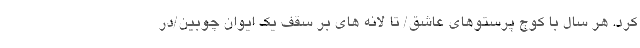
کرد. هر سال با کوچ پرستوهای عاشق/ تا لانه های بر سقف یک ایوان چوبین/در